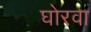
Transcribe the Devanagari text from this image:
घोरवा